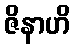
ဇိနာဟိ